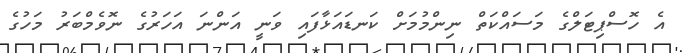
އެ ހޮސްޕިޓަލްގެ މަސައްކަތް ނިންމުމަށް ކަނޑައަޅާފައި ވަނީ އަންނަ އަހަރުގެ ނޮވެމްބަރު މަހުގެ